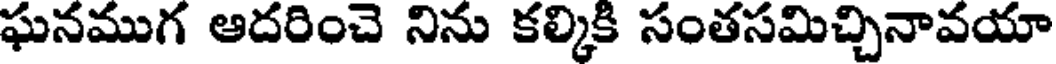
ఘనముగ ఆదరించె నిను కల్కికి సంతసమిచ్చినావయా